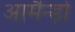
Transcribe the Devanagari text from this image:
आर्मैन्ड़ो